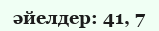
әйелдер: 41, 7